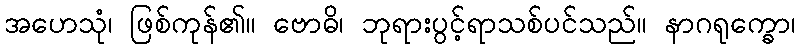
အဟေသုံ၊ ဖြစ်ကုန်၏။ ဗောဓိ၊ ဘုရားပွင့်ရာသစ်ပင်သည်။ နာဂရုက္ခော၊